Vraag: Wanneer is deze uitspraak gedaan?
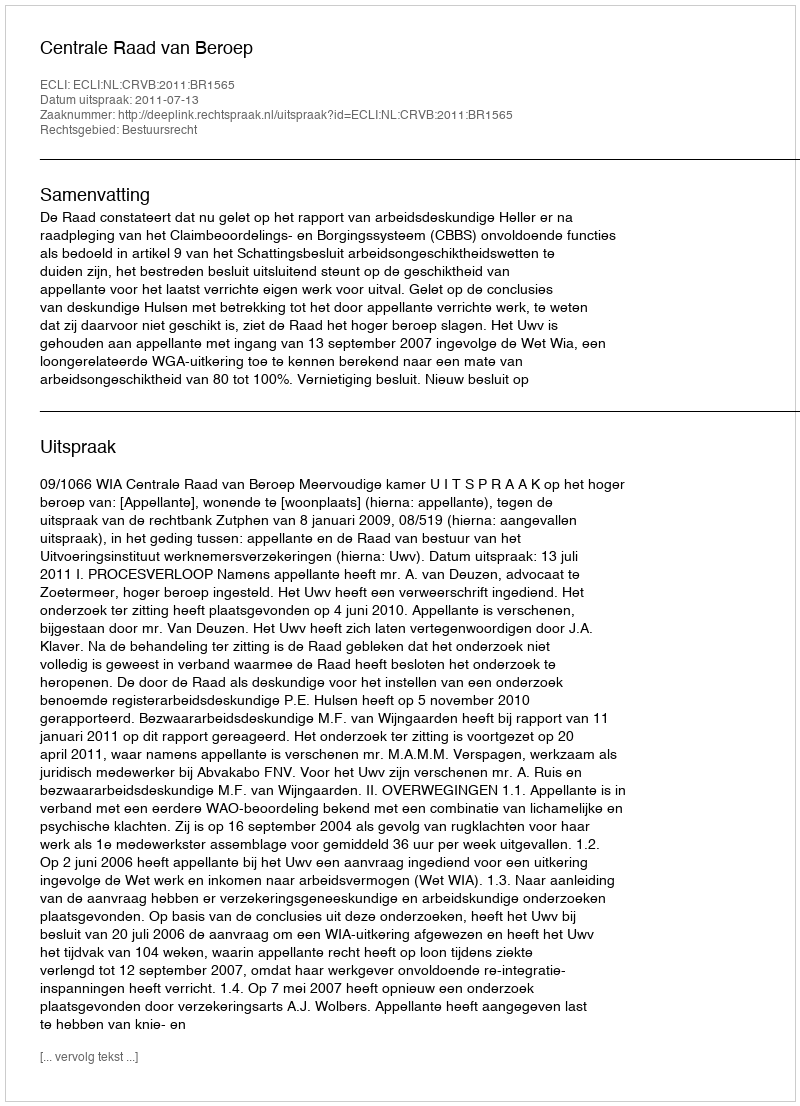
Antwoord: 2011-07-13